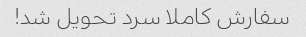
سفارش کاملا سرد تحویل شد!